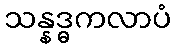
သန္နဒ္ဓကလာပံ